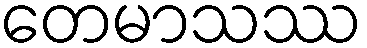
တေမာသဿ